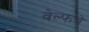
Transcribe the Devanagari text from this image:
वेल्फचे